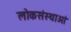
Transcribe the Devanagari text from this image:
लोकसंस्थाओं